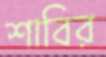
শাবির